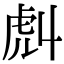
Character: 𧆢